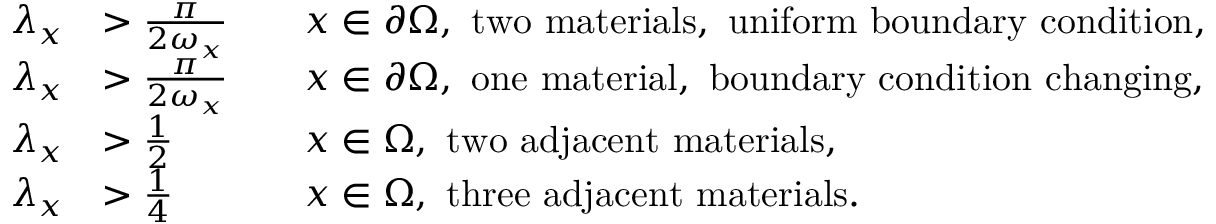
\begin{array} { r l r l } { \lambda _ { x } } & { > \frac { \pi } { 2 \omega _ { x } } } & & { x \in \partial \Omega , \mathrm { ~ t w o ~ m a t e r i a l s , ~ u n i f o r m ~ b o u n d a r y ~ c o n d i t i o n } , } \\ { \lambda _ { x } } & { > \frac { \pi } { 2 \omega _ { x } } } & & { x \in \partial \Omega , \mathrm { ~ o n e ~ m a t e r i a l , ~ b o u n d a r y ~ c o n d i t i o n ~ c h a n g i n g } , } \\ { \lambda _ { x } } & { > \frac { 1 } { 2 } } & & { x \in \Omega , \mathrm { ~ t w o ~ a d j a c e n t ~ m a t e r i a l s } , } \\ { \lambda _ { x } } & { > \frac { 1 } { 4 } } & & { x \in \Omega , \mathrm { ~ t h r e e ~ a d j a c e n t ~ m a t e r i a l s } . } \end{array}